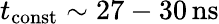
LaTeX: t_{\mathrm{const}}\sim 27-30\, \mathrm{ns}